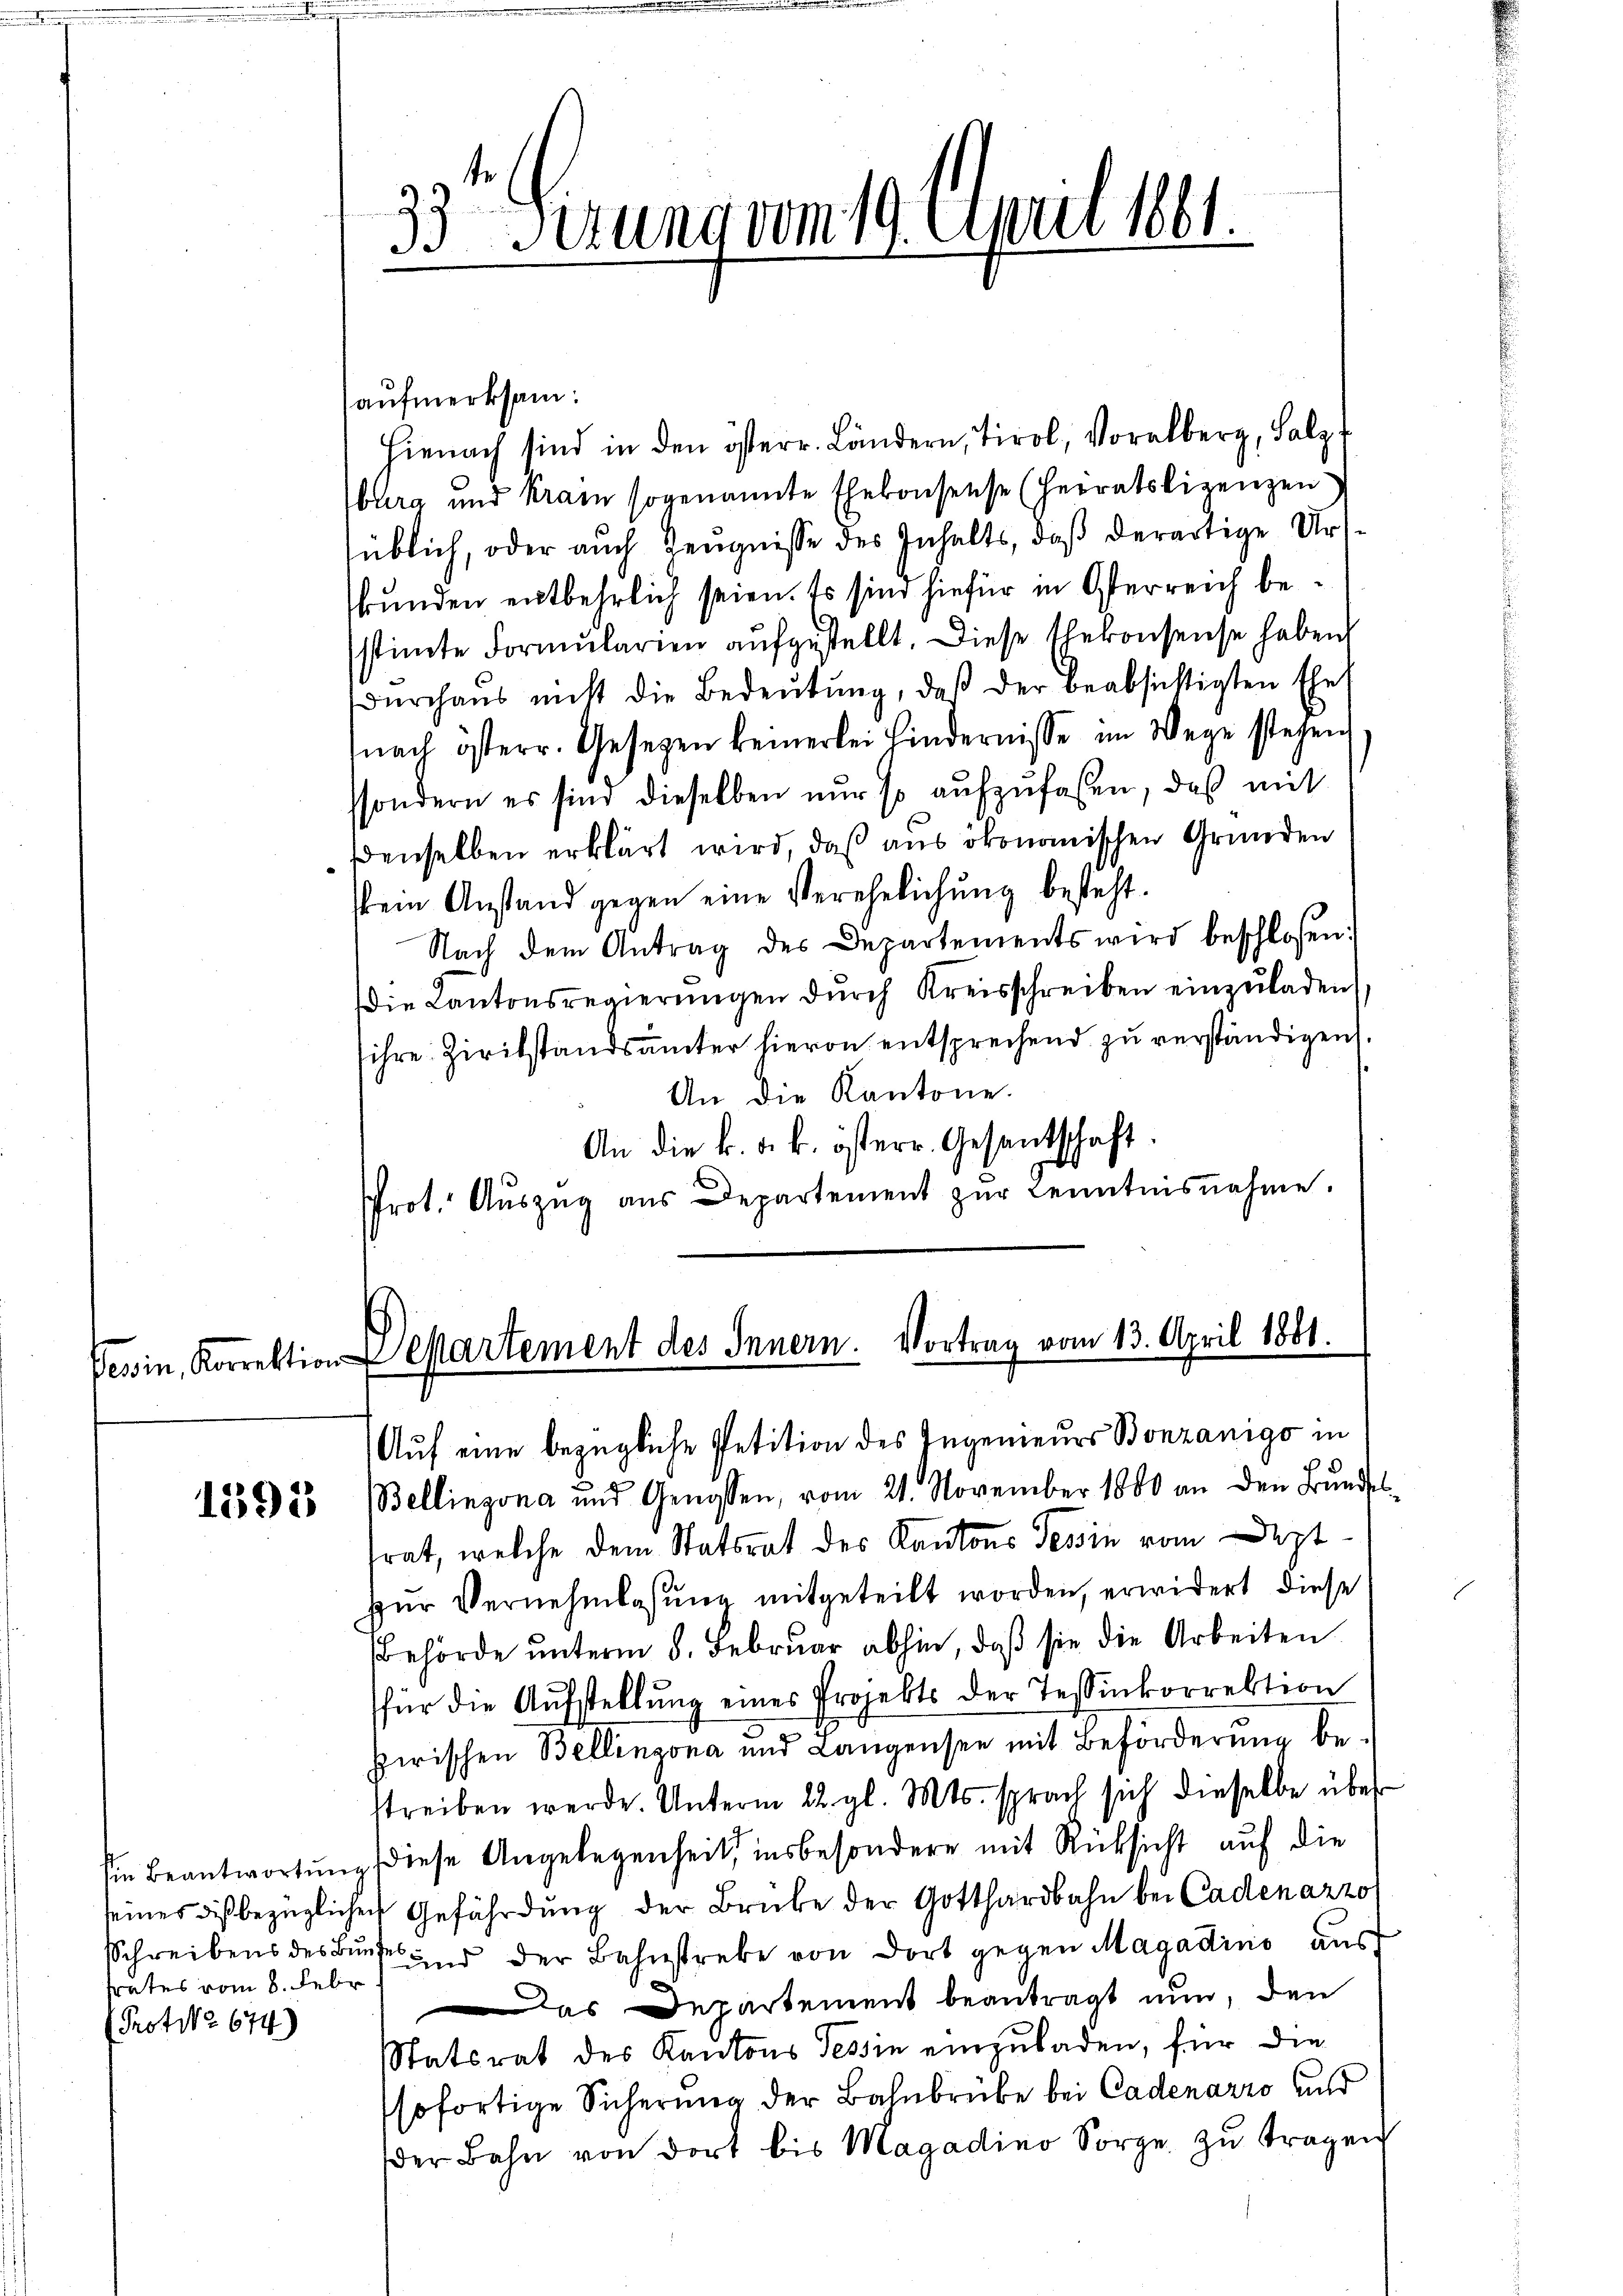
ferin, Korrektion

1395

sein Beantwortung
seines dis bezüglich
Schreibens des Bi
frates vom 8. Febr
Protoko 674)

33 sezung vom 19. April 1861.
1

aufmerksam:
Hienach sind in den österr. Ländern, Tirol, Voralberg, Salz,
bura und kram sogenannte Ehekonsense (Heiratslizenzen
süblich, oder auch Zeugnisse des Inhalts, daß derartige Urskunden entbehrlich seien. Es sind hiefür in Osterreich bestimte Formŭlarien aŭfgestellt. Diese Ehekonsense haben
dŭrchaŭs nicht die Bedeŭtŭng, daβ der beabsichtigten Ehe
nach österr. Gesetzen keinerlei hindernisse im Wege stehen
ssondern es sind dieselben nur so aufzufaßen, daß mit
denselben erklärt wird, daß aus ökonomischen Gründen
sein Anstand gegen eine Verehelichŭng besteht.
Nach dem Antrag des Departements wird beschlossen:
die Kantonsregierŭngen dŭrch Kreisschreiben einzŭladen,
ihre Zivilstandsämter hievon entsprechend zu verständigen
An die Kantone.
An die k. k. k. österr. Gesandtschaft.
Prot. Auszug aus Departement zur Kenntnisnahme.

Departement des Innern. Vortrag vom 13. April 1881.

Auf eine bezügliche Petition des Ingenieurs Bonzanigo in
Bellinzona und Genossen, vom 21. November 1800 an den Bŭndes-
rat, welche dem Statsrat des Kantons Tessin vom Deztzur Vernehmlassung mitgeteilt worden, erwidert diese
Behörde unterm 8. Februar abhin, daß sie die Arbeiten
für die Aufstellung eines Projekts der Tessinkorrektion
pirischen Bellinzona und Langensee mit Beförderung be-
streiben werde. Unterm 22. gl. Mts. sprach sich dieselbe über
diese Angelegenheit, insbesondere mit Rücksicht auf die
ech Gefährdung der Brüke der Gotthardbahn bei Cadenazzo
s und der Bahnstrebe von dort gegen Magadino aus
Das Departement beantragt nun, den
Statsrat des Kantons Tessin einzuladen, für die
sofortige Sicherung der Bahnbrube bei Cadenarro und
der Bahn von dort bis Magadino Sorge zŭ tragen